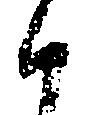
候